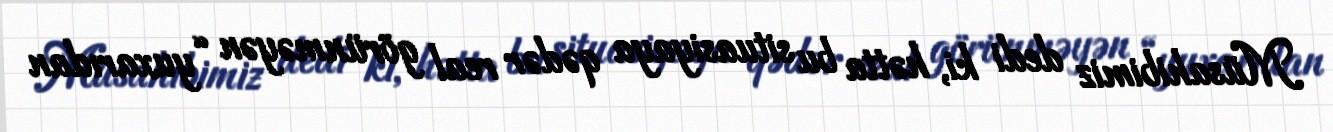
Müsahibimiz dedi ki, hətta bu situasiyaya qədər real görünməyən “yuxarıdan